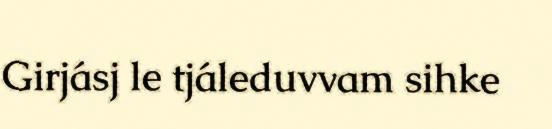
Girjásj le tjáleduvvam sihke